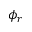
\phi _ { r }